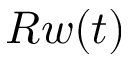
R w ( t )